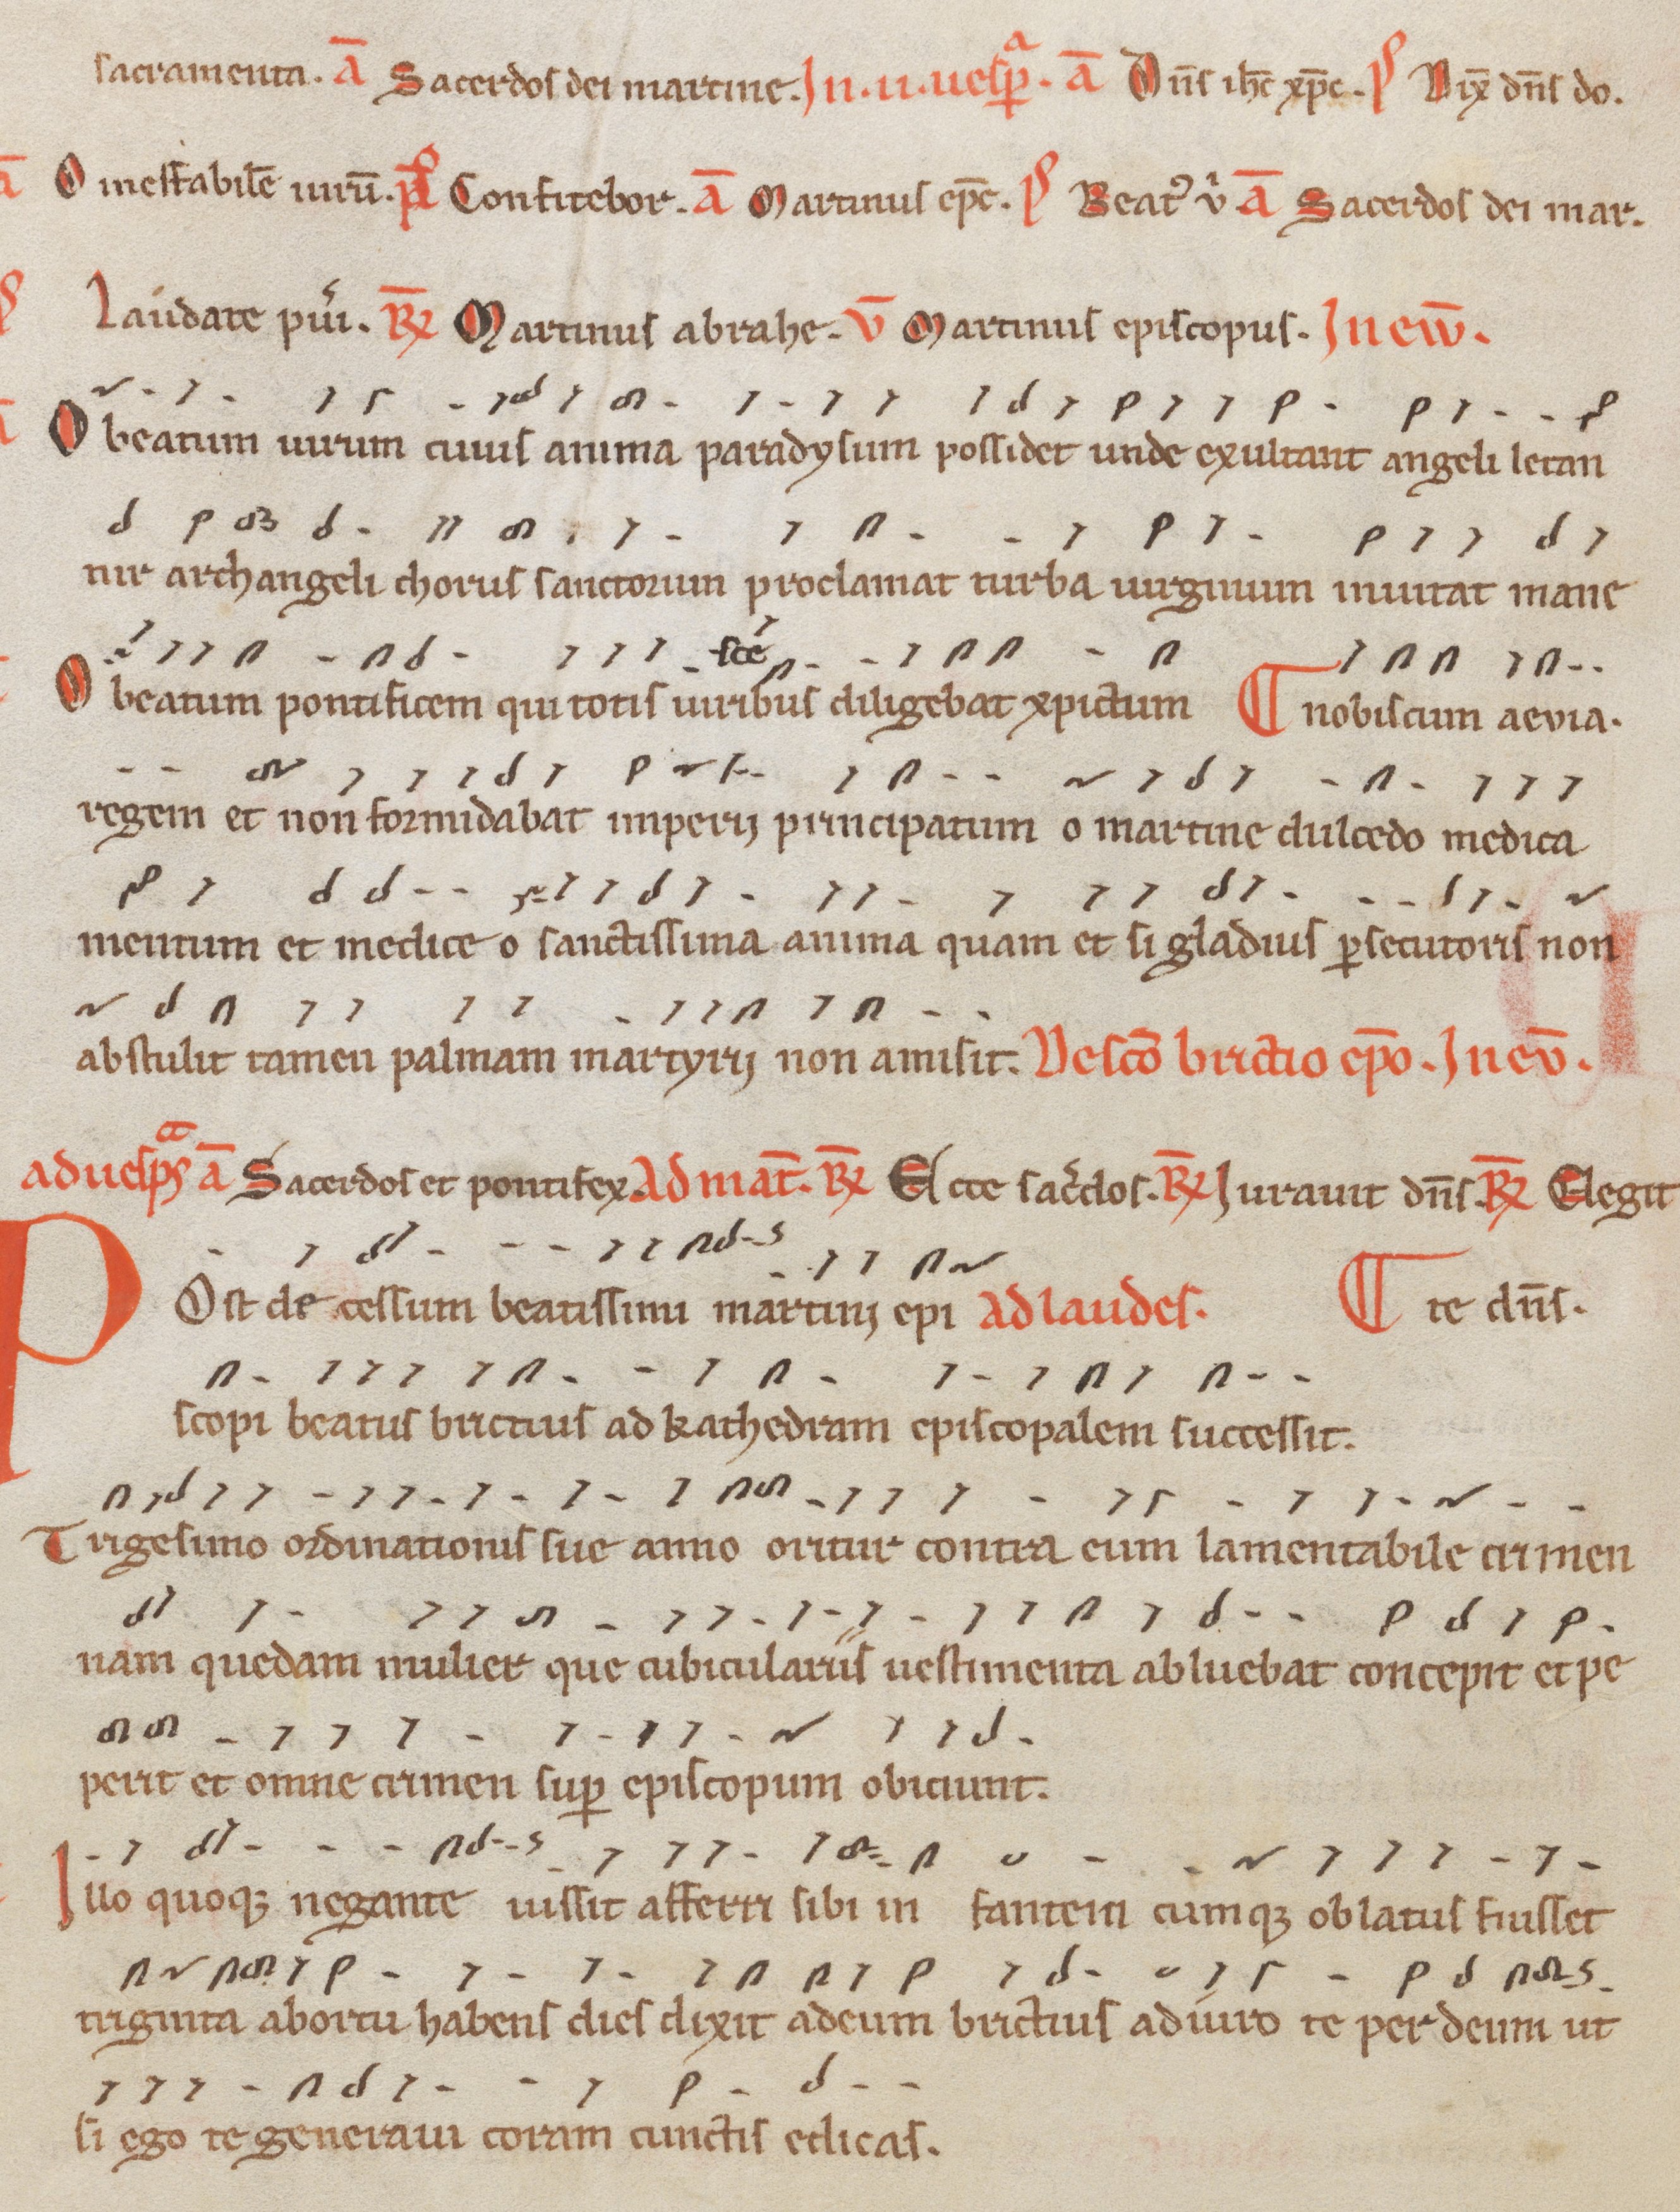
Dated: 1200–1299